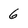
Character: 6